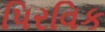
પિરવિક